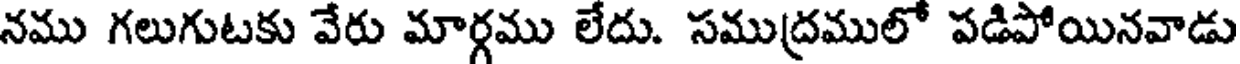
నము గలుగుటకు వేరు మార్గము లేదు. సముద్రములో పడిపోయినవాడు